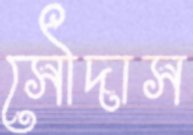
সৌদাস